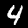
Label: 4